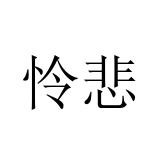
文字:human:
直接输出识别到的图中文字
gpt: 怜悲